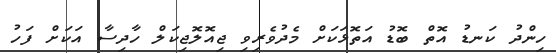
ހިންދު ކަނޑު އޮތް ބޮޑު އަތޮޅަކަށް މެދުވެރިވި ޖިއޮލޮޖިކަލް ހާދިސާ އަކަށް ފަހު